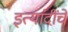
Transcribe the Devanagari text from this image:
इत्यांदींचे